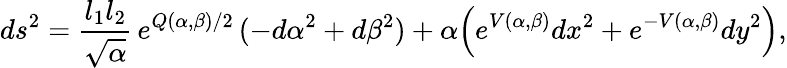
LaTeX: ds^{2}={\frac{l_{1}l_{2}}{\sqrt{\alpha}}}\, e^{Q(\alpha,\beta)/2}\, (-d\alpha^{2}+d\beta^{2})+\alpha{\left(e^{V(\alpha,\beta)}dx^{2}+e^{-V(\alpha,\beta)}dy^{2}\right)},